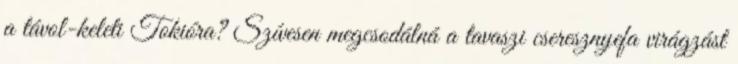
a távol-keleti Tokióra? Szívesen megcsodálná a tavaszi cseresznyefa virágzást